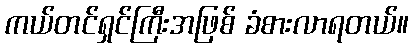
ကယ်တင်ရှင်ကြီးအဖြစ် ခံစားလာရတယ်။